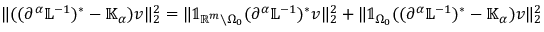
\| ( ( \partial ^ { \alpha } \mathbb { L } ^ { - 1 } ) ^ { * } - \mathbb { K } _ { \alpha } ) v \| _ { 2 } ^ { 2 } = \| \mathbb { 1 } _ { \mathbb { R } ^ { m } \setminus \Omega _ { 0 } } ( \partial ^ { \alpha } \mathbb { L } ^ { - 1 } ) ^ { * } v \| _ { 2 } ^ { 2 } + \| \mathbb { 1 } _ { \Omega _ { 0 } } ( ( \partial ^ { \alpha } \mathbb { L } ^ { - 1 } ) ^ { * } - \mathbb { K } _ { \alpha } ) v \| _ { 2 } ^ { 2 }